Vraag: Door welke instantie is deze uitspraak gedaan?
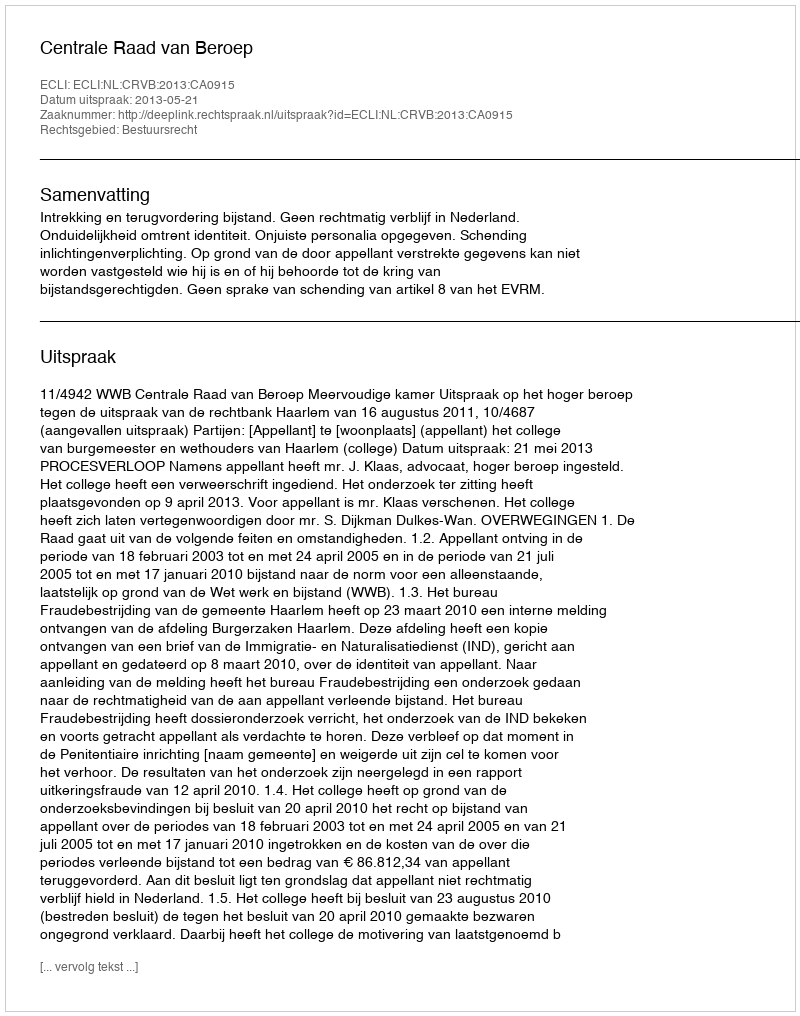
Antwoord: Centrale Raad van Beroep